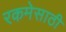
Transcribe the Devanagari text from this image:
रकमेसाठी